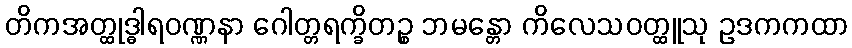
တိကအတ္ထုဒ္ဓါရဝဏ္ဏနာ ဂေါတ္တရက္ခိတဉ္စ ဘမန္တော ကိလေသဝတ္ထူသု ဥဒကကထာ